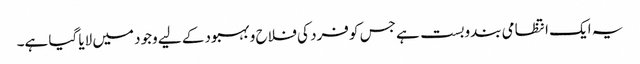
یہ ایک انتظامی بندوبست ہے جس کو فرد کی فلاح و بہبود کے لیے وجود میں لایا گیا ہے۔